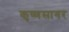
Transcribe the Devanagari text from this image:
कृष्णसागर